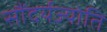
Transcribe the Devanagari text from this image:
सौंदर्यज्योति